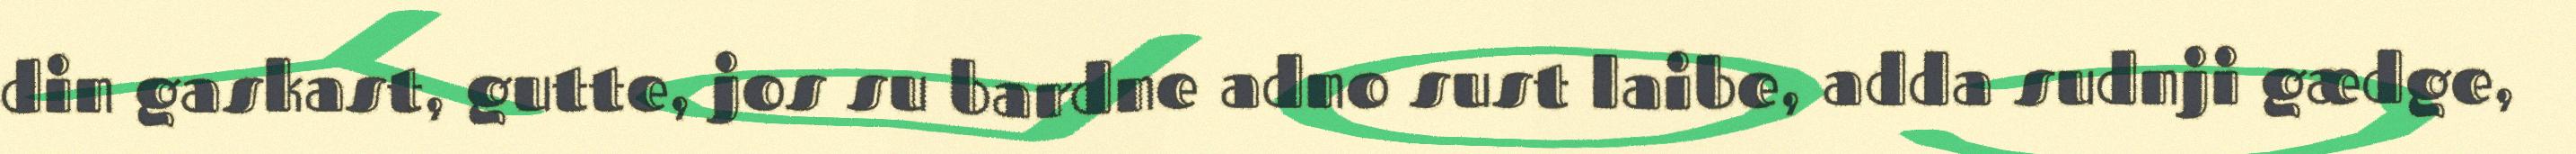
din gaskast, gutte, jos su bardne adno sust laibe, adda sudnji gædge,